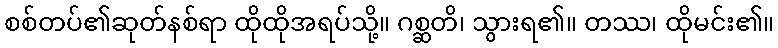
စစ်တပ်၏ဆုတ်နစ်ရာ ထိုထိုအရပ်သို့။ ဂစ္ဆတိ၊ သွားရ၏။ တဿ၊ ထိုမင်း၏။